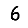
Digit: 6